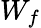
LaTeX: W_{f}